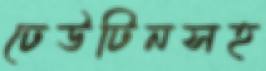
ঢেউটিনসহ